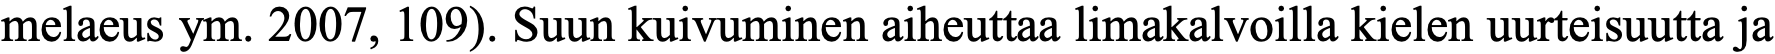
melaeus ym. 2007, 109). Suun kuivuminen aiheuttaa limakalvoilla kielen uurteisuutta ja